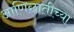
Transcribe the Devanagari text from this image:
आणिछातीच्या